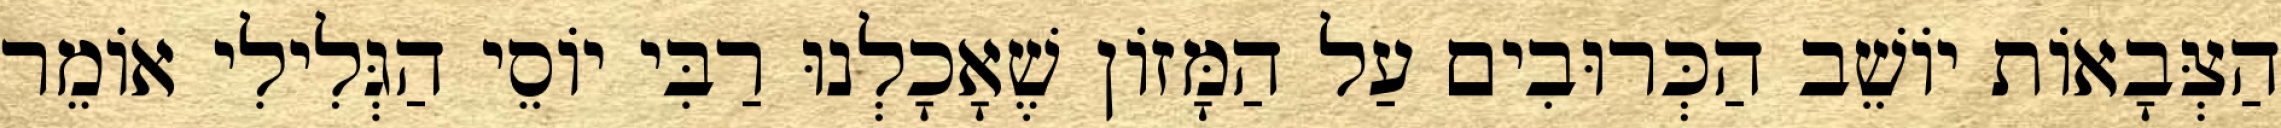
הַצְּבָאוֹת יוֹשֵׁב הַכְּרוּבִים עַל הַמָּזוֹן שֶׁאָכָלְנוּ רַבִּי יוֹסֵי הַגְּלִילִי אוֹמֵר